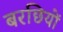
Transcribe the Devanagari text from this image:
बरछियों